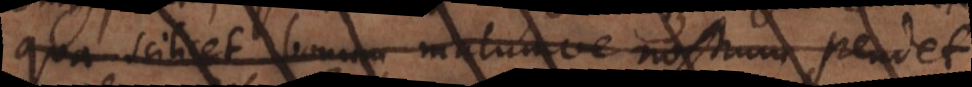
qua scilicet bonum malumve nostrum pendet